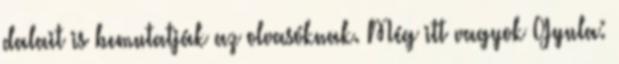
dalait is bemutatják az olvasóknak. Még itt vagyok Gyula: